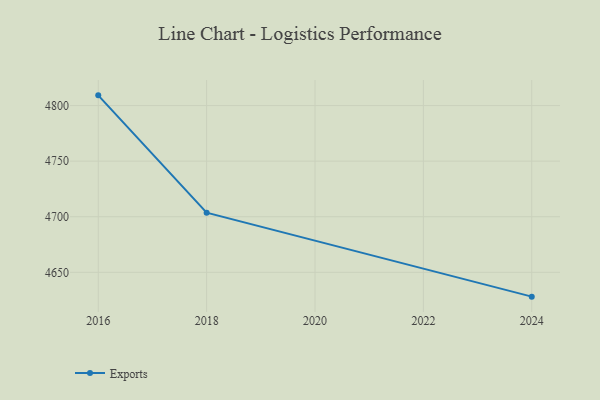
{"axis": {"x": "Year", "y": "Website Visitors"}, "legend": ["Exports"], "data": [{"x": "2024", "y": 4628.1, "type": "Exports"}, {"x": "2018", "y": 4703.6, "type": "Exports"}, {"x": "2016", "y": 4809.2, "type": "Exports"}]}